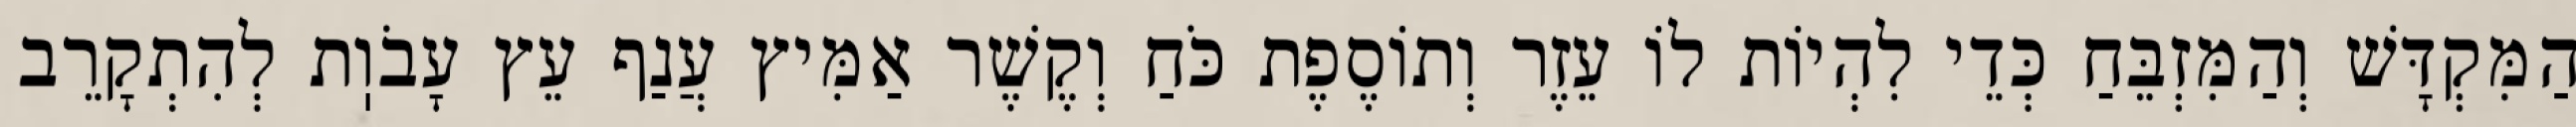
הַמִּקְדָּשׁ וְהַמִּזְבֵּחַ כְּדֵי לִהְיוֹת לוֹ עֵזֶר וְתוֹסֶפֶת כֹּחַ וְקֶשֶׁר אַמִּיץ עֲנַף עֵץ עָבֹוֽת לְהִתְקָרֵב